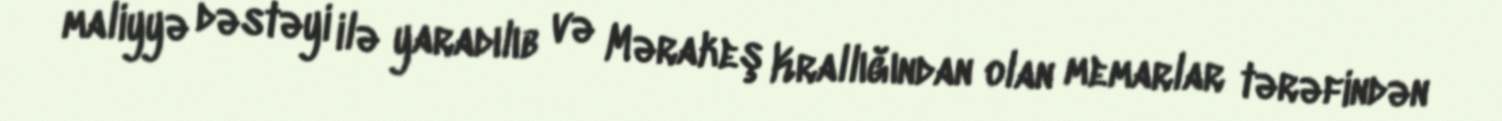
maliyyə dəstəyi ilə yaradılıb və Mərakeş Krallığından olan memarlar tərəfindən